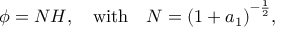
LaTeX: \phi = N H , \quad \mathrm { w i t h } \quad N = { \left( 1 + a _ { 1 } \right) } ^ { - \frac { 1 } { 2 } } ,